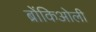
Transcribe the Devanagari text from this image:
ब्रोंकिओली